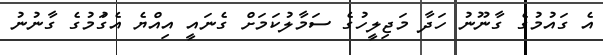
އެ ގައުމުގެ ގާނޫނު ހަދާ މަޖިލީހުގެ ސަމާލުކަމަށް ގެނައީ އިއްޔެ އެގަުމުގެ ގާނުނު